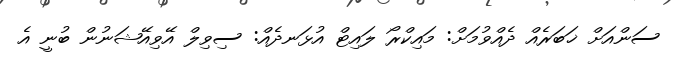
ސަންއަށް ޚަބަރެއް ދެއްވުމަށް: މައިކްރޯ ލައިޓް އުޅަނދެއް: ސިވިލް އޭވިއޭޝަނުން ބުނީ އެ